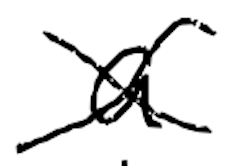
Text: a
Cross-out: cross
Writing tool: digital_black